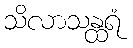
သိလာသန္ထရံ